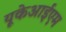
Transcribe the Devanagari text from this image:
यूकेआईएम